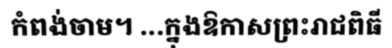
កំពង់ចាម។ ...ក្នុងឱកាសព្រះរាជពិធី